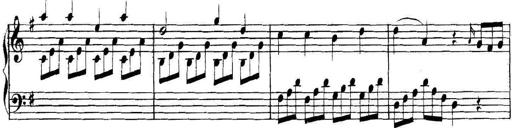
Title: Collected Piano Sonatas
Composer: Muzio Clementi